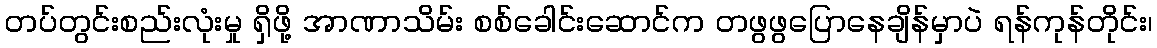
တပ်တွင်းစည်းလုံးမှု ရှိဖို့ အာဏာသိမ်း စစ်ခေါင်းဆောင်က တဖွဖွပြောနေချိန်မှာပဲ ရန်ကုန်တိုင်း၊